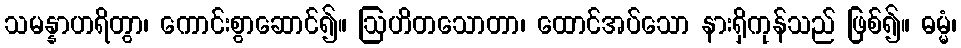
သမန္နာဟရိတွာ၊ ကောင်းစွာဆောင်၍။ ဩဟိတသောတာ၊ ထောင်အပ်သော နားရှိကုန်သည် ဖြစ်၍။ ဓမ္မံ၊